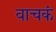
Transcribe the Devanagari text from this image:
वाचकं